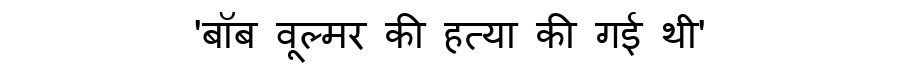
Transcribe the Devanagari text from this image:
'बॉब वूल्मर की हत्या की गई थी'